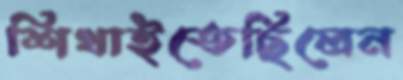
শিখাইতেছিলেন